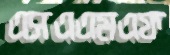
এসএএমএফ